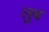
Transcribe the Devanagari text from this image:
लुब